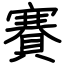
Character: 賽